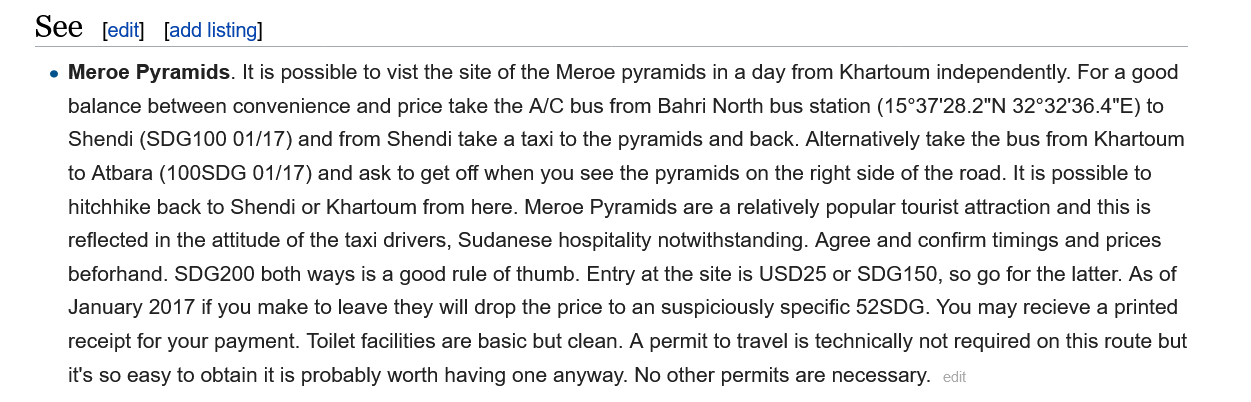
See    [edit] [add listing]
     e Meroe  Pyramids. It is possible to vist the site of the Meroe pyramids in a day from Khartoum independently. For a good
     balance between convenience and price take the A/C bus from Bahri North bus station (15°37'28.2"N 32°32'36.4"E) to
     Shendi (SDG100  01/17) and from Shendi take
    a
     taxi  to the pyramids and back. Alternatively take the bus from Khartoum
     to Atbara (100SDG 01/17) and ask to get off when you see the pyramids on the right side of the road. It is possible to
     hitchhike back to Shendi or Khartoum from here. Meroe Pyramids are a relatively popular tourist attraction and this is
     reflected in the attitude of the taxi drivers, Sudanese hospitality notwithstanding. Agree and confirm timings and prices
     beforhand. SDG200 both ways is a good rule of thumb. Entry at the site is USD25 or SDG150, so go for the latter. As of
     January 2017 if you make to leave they will drop the price to an suspiciously specific 52SDG. You may recieve a printed
     receipt for your payment. Toilet facilities are basic but clean. A permit to travel is technically not required on this route but
     it's so easy to obtain it is probably worth having one anyway. No other permits are necessary.